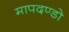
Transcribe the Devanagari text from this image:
मापदण्डो